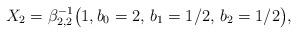
LaTeX: \begin{align*}X_2 = \beta_{2,2}^{-1}\bigl(1,b_0=2,\,b_1=1/2,\,b_2=1/2\bigr),\end{align*}